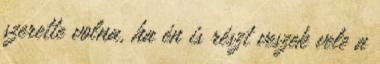
szerette volna, ha én is részt veszek vele a